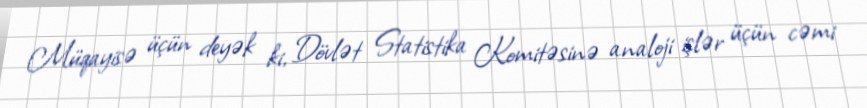
Müqayisə üçün deyək ki, Dövlət Statistika Komitəsinə analoji işlər üçün cəmi